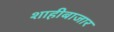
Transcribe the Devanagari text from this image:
शाहीबाजार